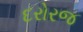
દરોરજ